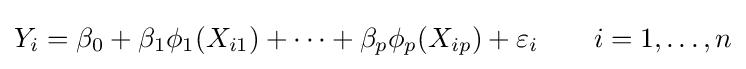
Y_{i}=\beta _{0}+\beta _{1}\phi _{1}(X_{i1})+\cdots +\beta _{p}\phi _{p}(X_{ip})+\varepsilon _{i}\qquad i=1,\ldots ,n